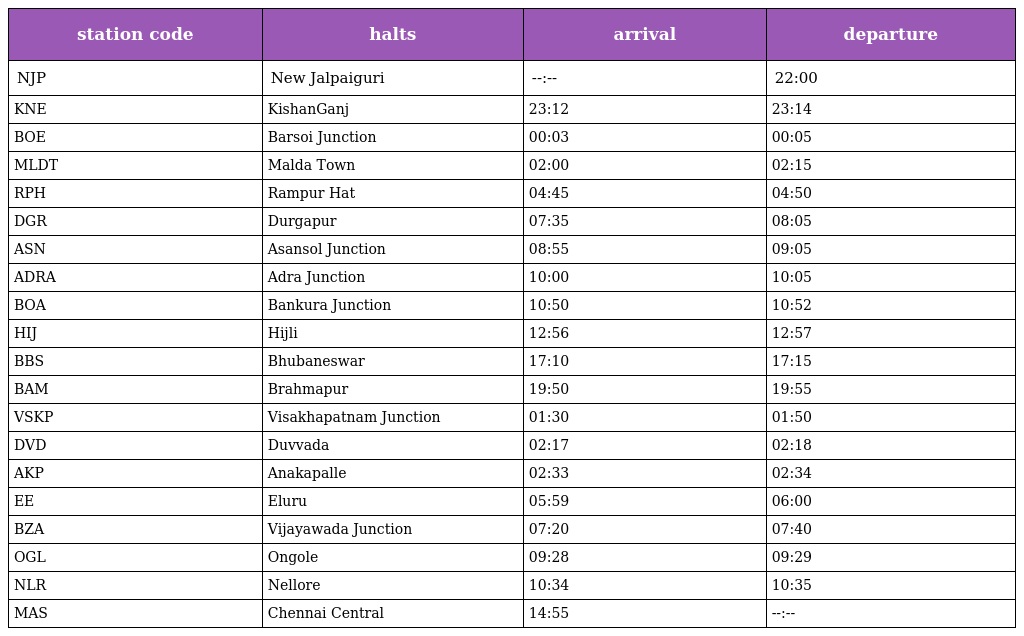
| station code | halts | arrival | departure |
 | --- | --- | --- | --- |
 | NJP | New Jalpaiguri | --:-- | 22:00 |
 | KNE | KishanGanj | 23:12 | 23:14 |
 | BOE | Barsoi Junction | 00:03 | 00:05 |
 | MLDT | Malda Town | 02:00 | 02:15 |
 | RPH | Rampur Hat | 04:45 | 04:50 |
 | DGR | Durgapur | 07:35 | 08:05 |
 | ASN | Asansol Junction | 08:55 | 09:05 |
 | ADRA | Adra Junction | 10:00 | 10:05 |
 | BOA | Bankura Junction | 10:50 | 10:52 |
 | HIJ | Hijli | 12:56 | 12:57 |
 | BBS | Bhubaneswar | 17:10 | 17:15 |
 | BAM | Brahmapur | 19:50 | 19:55 |
 | VSKP | Visakhapatnam Junction | 01:30 | 01:50 |
 | DVD | Duvvada | 02:17 | 02:18 |
 | AKP | Anakapalle | 02:33 | 02:34 |
 | EE | Eluru | 05:59 | 06:00 |
 | BZA | Vijayawada Junction | 07:20 | 07:40 |
 | OGL | Ongole | 09:28 | 09:29 |
 | NLR | Nellore | 10:34 | 10:35 |
 | MAS | Chennai Central | 14:55 | --:-- |